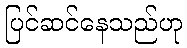
ပြင်ဆင်နေသည်ဟု